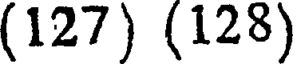
(127) (128)